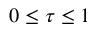
0 \leq \tau \leq 1